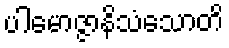
ပါမောဇ္ဇာနိသံသောတိ